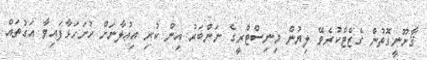
ޤާނޫނީގޮތުން ގެޒެޓްކުރެވޭ ލިޔުން މިނިސްޓްރީގެ ނަންބަރު އިން ކުރި އިޢުލާނަށް ހުށަހަޅާފައިވާ އަގުތައް